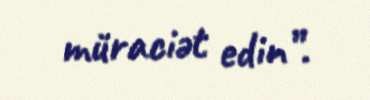
müraciət edin”.